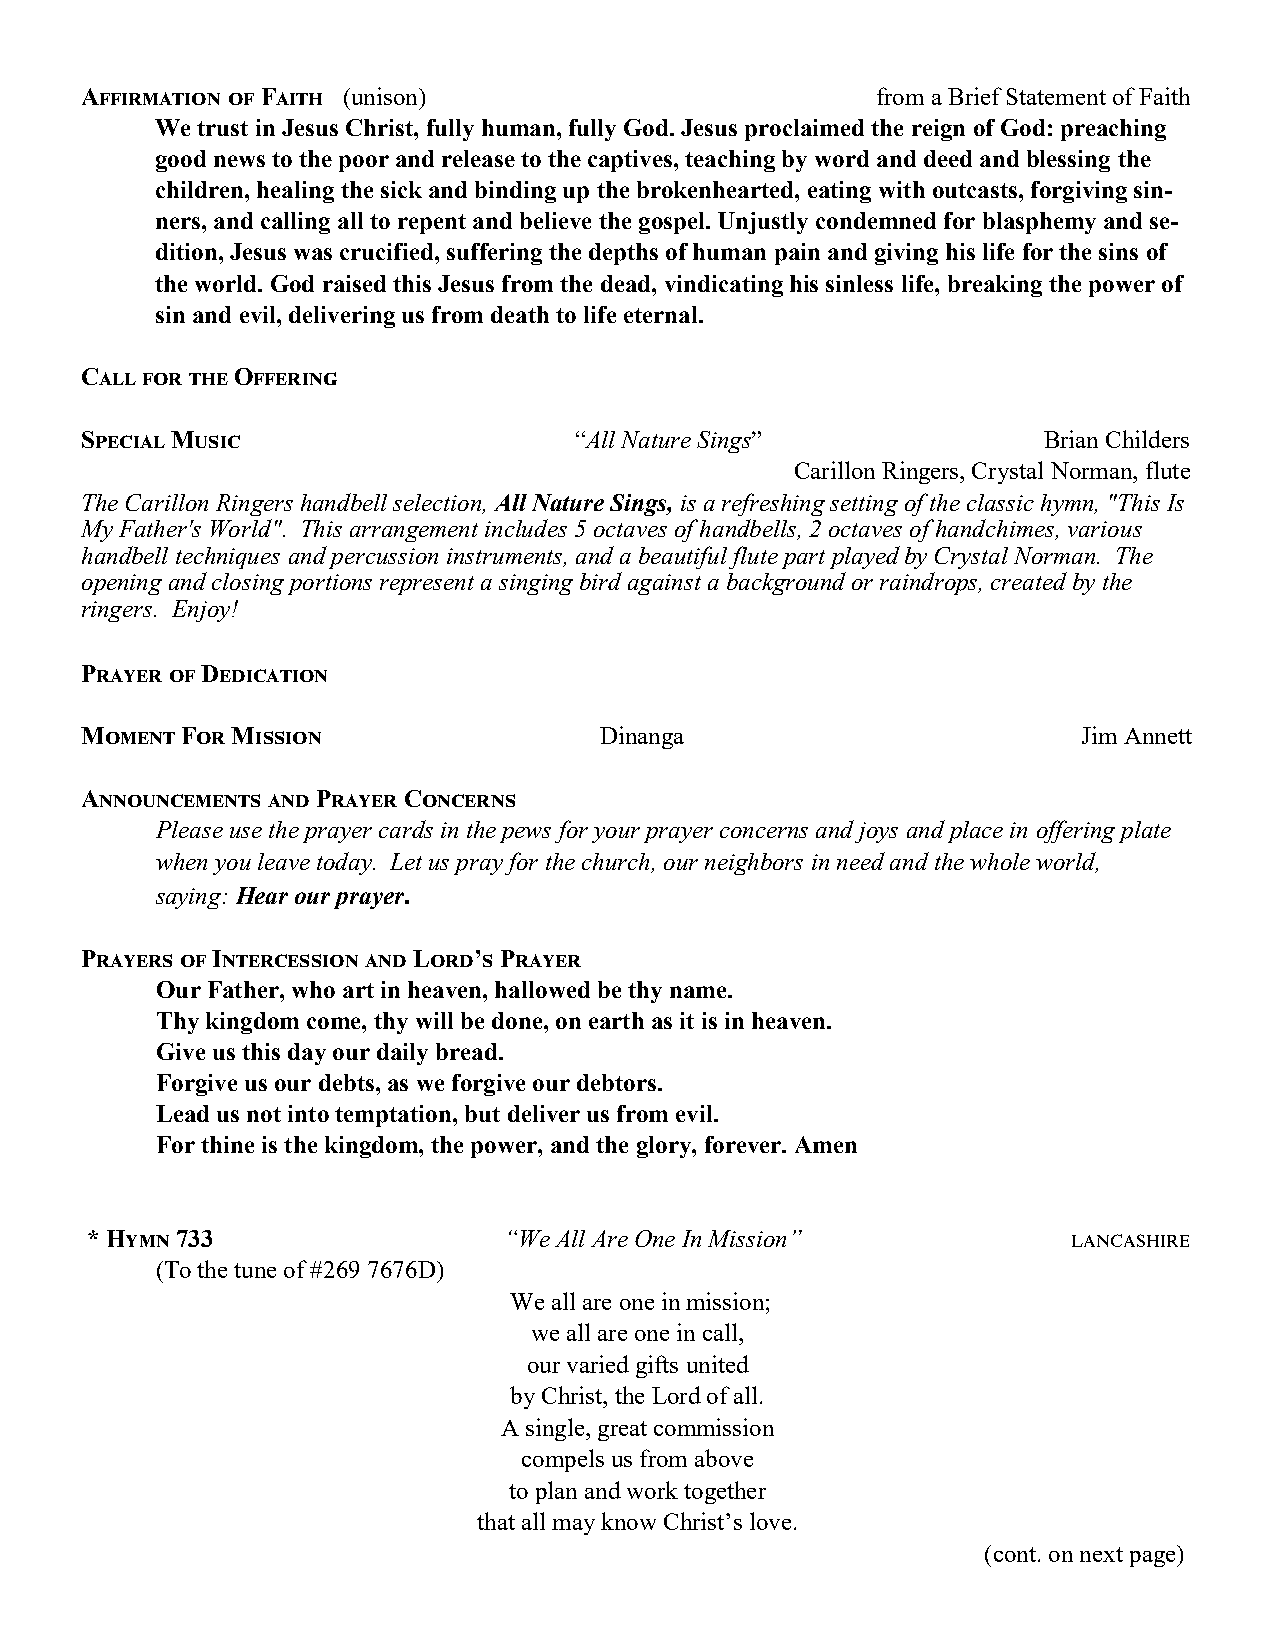
Affirmation of Faith (unison)                        from a Brief Statement of Faith
 We trust in Jesus Christ, fully human, fully God. Jesus proclaimed the reign of God: preaching
 good news to the poor and release to the captives, teaching by word and deed and blessing the
 children, healing the sick and binding up the brokenhearted, eating with outcasts, forgiving sin-
 ners, and calling all to repent and believe the gospel. Unjustly condemned for blasphemy and se-
 dition, Jesus was crucified, suffering the depths of human pain and giving his life for the sins of
 the world. God raised this Jesus from the dead, vindicating his sinless life, breaking the power of
 sin and evil, delivering us from death to life eternal.
 Call for the Offering
 Special Music                    “All Nature Sings”             Brian Childers
 Carillon Ringers, Crystal Norman, flute
 The Carillon Ringers handbell selection, All Nature Sings, is a refreshing setting of the classic hymn, "This Is
 My Father's World". This arrangement includes 5 octaves of handbells, 2 octaves of handchimes, various
 handbell techniques and percussion instruments, and a beautiful flute part played by Crystal Norman. The
 opening and closing portions represent a singing bird against a background or raindrops, created by the
 ringers. Enjoy!
 Prayer of Dedication
 Moment For Mission                 Dinanga                         Jim Annett
 Announcements and Prayer Concerns
 Please use the prayer cards in the pews for your prayer concerns and joys and place in offering plate
 when you leave today. Let us pray for the church, our neighbors in need and the whole world,
 saying: Hear our prayer.
 Prayers of Intercession and Lord’s Prayer
 Our Father, who art in heaven, hallowed be thy name.
 Thy kingdom come, thy will be done, on earth as it is in heaven.
 Give us this day our daily bread.
 Forgive us our debts, as we forgive our debtors.
 Lead us not into temptation, but deliver us from evil.
 For thine is the kingdom, the power, and the glory, forever. Amen
 * Hymn 733                 “We All Are One In Mission”           lancashire
 (To the tune of #269 7676D)
 We all are one in mission;
 we all are one in call,
 our varied gifts united
 by Christ, the Lord of all.
 A single, great commission
 compels us from above
 to plan and work together
 that all may know Christ’s love.
 (cont. on next page)